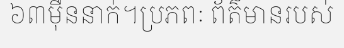
៦៣ម៉ឺននាក់។ប្រភពៈ ព័ត៌មានរបស់